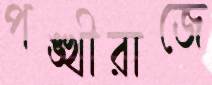
পঙ্খীরাজে